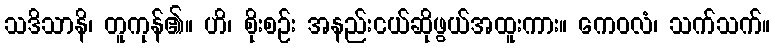
သဒိသာနိ၊ တူကုန်၏။ ဟိ၊ စိုးစဉ်း အနည်းငယ်ဆိုဖွယ်အထူးကား။ ကေဝလံ၊ သက်သက်။